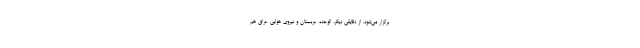
برگزار می‌شود. از دقایقی دیگر، الوحده عربستان و نیروی هوایی عراق هم